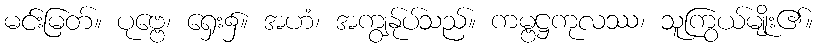
မင်းမြတ်။ ပုဗ္ဗေ၊ ရှေး၌။ အဟံ၊ အကျွန်ုပ်သည်။ ကမ္ဗဋ္ဌကုလဿ၊ သူကြွယ်မျိုး၏။